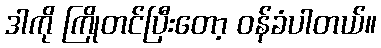
ဒါကို ကြိုတင်ပြီးတော့ ဝန်ခံပါတယ်။